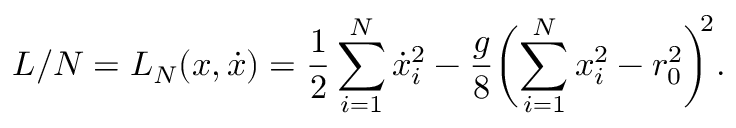
L / N = L _ { N } ( x , \dot { x } ) = \frac { 1 } { 2 } \sum _ { i = 1 } ^ { N } \dot { x } _ { i } ^ { 2 } - \frac { g } { 8 } \biggl ( \sum _ { i = 1 } ^ { N } x _ { i } ^ { 2 } - r _ { 0 } ^ { 2 } \biggr ) ^ { \! \! 2 } .